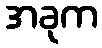
အခုက